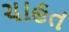
ચાહત